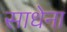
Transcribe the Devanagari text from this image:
साधेना